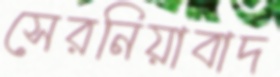
সেরনিয়াবাদ